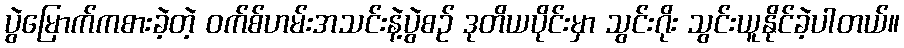
ပွဲမြောက်ကစားခဲ့တဲ့ ဝက်စ်ဟမ်းအသင်းနဲ့ပွဲစဉ် ဒုတိယပိုင်းမှာ သွင်းဂိုး သွင်းယူနိုင်ခဲ့ပါတယ်။